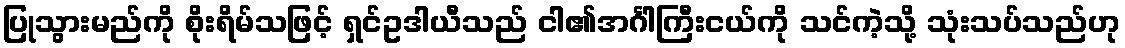
ပြုသွားမည်ကို စိုးရိမ်သဖြင့် ရှင်ဥဒါယီသည် ငါ၏အင်္ဂါကြီးငယ်ကို သင်ကဲ့သို့ သုံးသပ်သည်ဟု